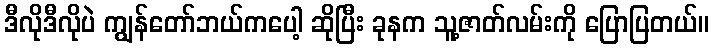
ဒီလိုဒီလိုပဲ ကျွန်တော်ဘယ်ကပေါ့ ဆိုပြီး ခုနက သူ့ဇာတ်လမ်းကို ပြောပြတယ်။